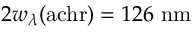
2 w _ { \lambda } ( \mathrm { a c h r } ) = 1 2 6 ~ \mathrm { n m }